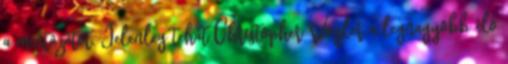
a mintázatot. Jelenleg tehát Christopher Vogler a legnagyobb élő